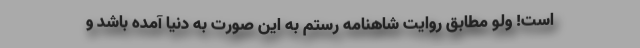
است! ولو مطابق روایت شاهنامه رستم به این صورت به دنیا آمده باشد و